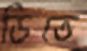
ডিতে